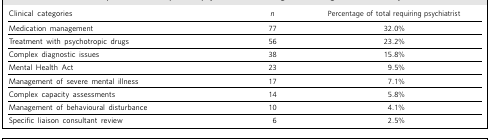
<table><thead><tr><td><b>Clinical categories</b></td><td><b><i>n</i></b></td><td><b>Percentage of total requiring psychiatrist</b></td></tr></thead><tbody><tr><td>Medication management</td><td>77</td><td>32.0%</td></tr><tr><td>Treatment with psychotropic drugs</td><td>56</td><td>23.2%</td></tr><tr><td>Complex diagnostic issues</td><td>38</td><td>15.8%</td></tr><tr><td>Mental Health Act</td><td>23</td><td>9.5%</td></tr><tr><td>Management of severe mental illness</td><td>17</td><td>7.1%</td></tr><tr><td>Complex capacity assessments</td><td>14</td><td>5.8%</td></tr><tr><td>Management of behavioural disturbance</td><td>10</td><td>4.1%</td></tr><tr><td>Specific liaison consultant review</td><td>6</td><td>2.5%</td></tr></tbody></table>